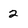
Character: 2